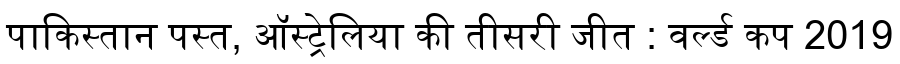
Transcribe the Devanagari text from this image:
पाकिस्तान पस्त, ऑस्ट्रेलिया की तीसरी जीत : वर्ल्ड कप 2019